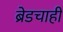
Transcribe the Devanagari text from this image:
ब्रेडचाही